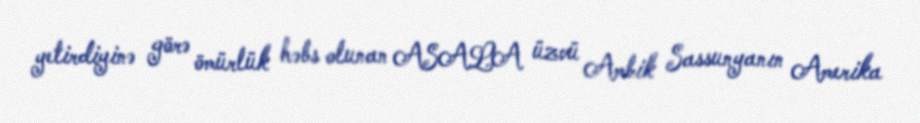
yetirdiyinə görə ömürlük həbs olunan ASALA üzvü Ambik Sassunyanın Amerika